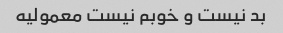
بد نیست و خوبم نیست معمولیه